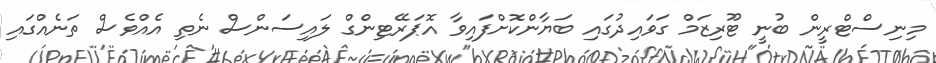
މިނިސްޓްރީން ބުނީ ޓޫރިޒަމް ގަވައިދުގައި ބަޔާންކޮށްފައިވާ އޮޕަރޭޓިންގް ލައިސަންސް ނެތި އެއްވެސް ތަނެއްގައި